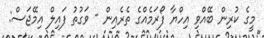
މީގެ ކުރިން ބޭއްވި އިހްޔާ ފޯރަމެއްގެ ތެރެއިން - ވަގުތު ފައިލް އިމޭޖަސް: